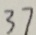
3 7